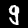
Label: 9